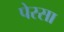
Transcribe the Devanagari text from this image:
पेरसा